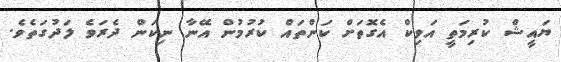
ޔައީޝް ކުރިމަތީ އަވިކް އެގޮތަށް ކަންތައް ކުރުމުން އޭނާ ނިކަން ދެރަވެ ލަދުގަތެވެ.